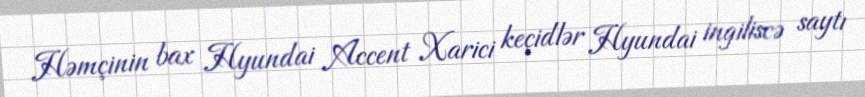
Həmçinin bax Hyundai Accent Xarici keçidlər Hyundai ingiliscə saytı